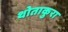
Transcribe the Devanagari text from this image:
थोताकुरा